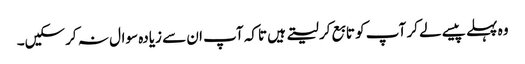
وہ پہلے پیسے لے کر آپ کو تابع کر لیتے ہیں تاکہ آپ ان سے زیادہ سوال نہ کرسکیں۔